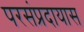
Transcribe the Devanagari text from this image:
परसंप्रदायास